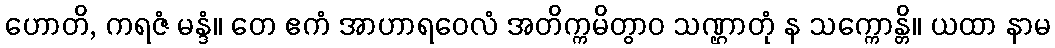
ဟောတိ, ကရဇံ မန္ဒံ။ တေ ဧကံ အာဟာရဝေလံ အတိက္ကမိတွာဝ သဏ္ဌာတုံ န သက္ကောန္တိ။ ယထာ နာမ